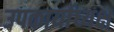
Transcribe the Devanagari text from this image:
उपकार्याध्यक्ष